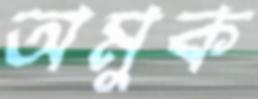
অমুক